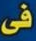
فى